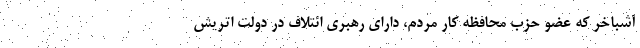
آشباخر که عضو حزب محافظه کار مردم، دارای رهبری ائتلاف در دولت اتریش